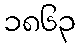
၁၈၆၃